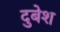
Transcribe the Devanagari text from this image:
दुबेश